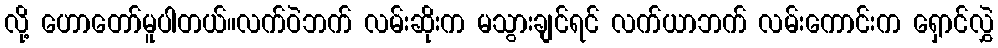
လို့ ဟောတော်မူပါတယ်။လက်ဝဲဘက် လမ်းဆိုးက မသွားချင်ရင် လက်ယာဘက် လမ်းကောင်းက ရှောင်လွှဲ